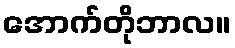
အောက်တိုဘာလ။